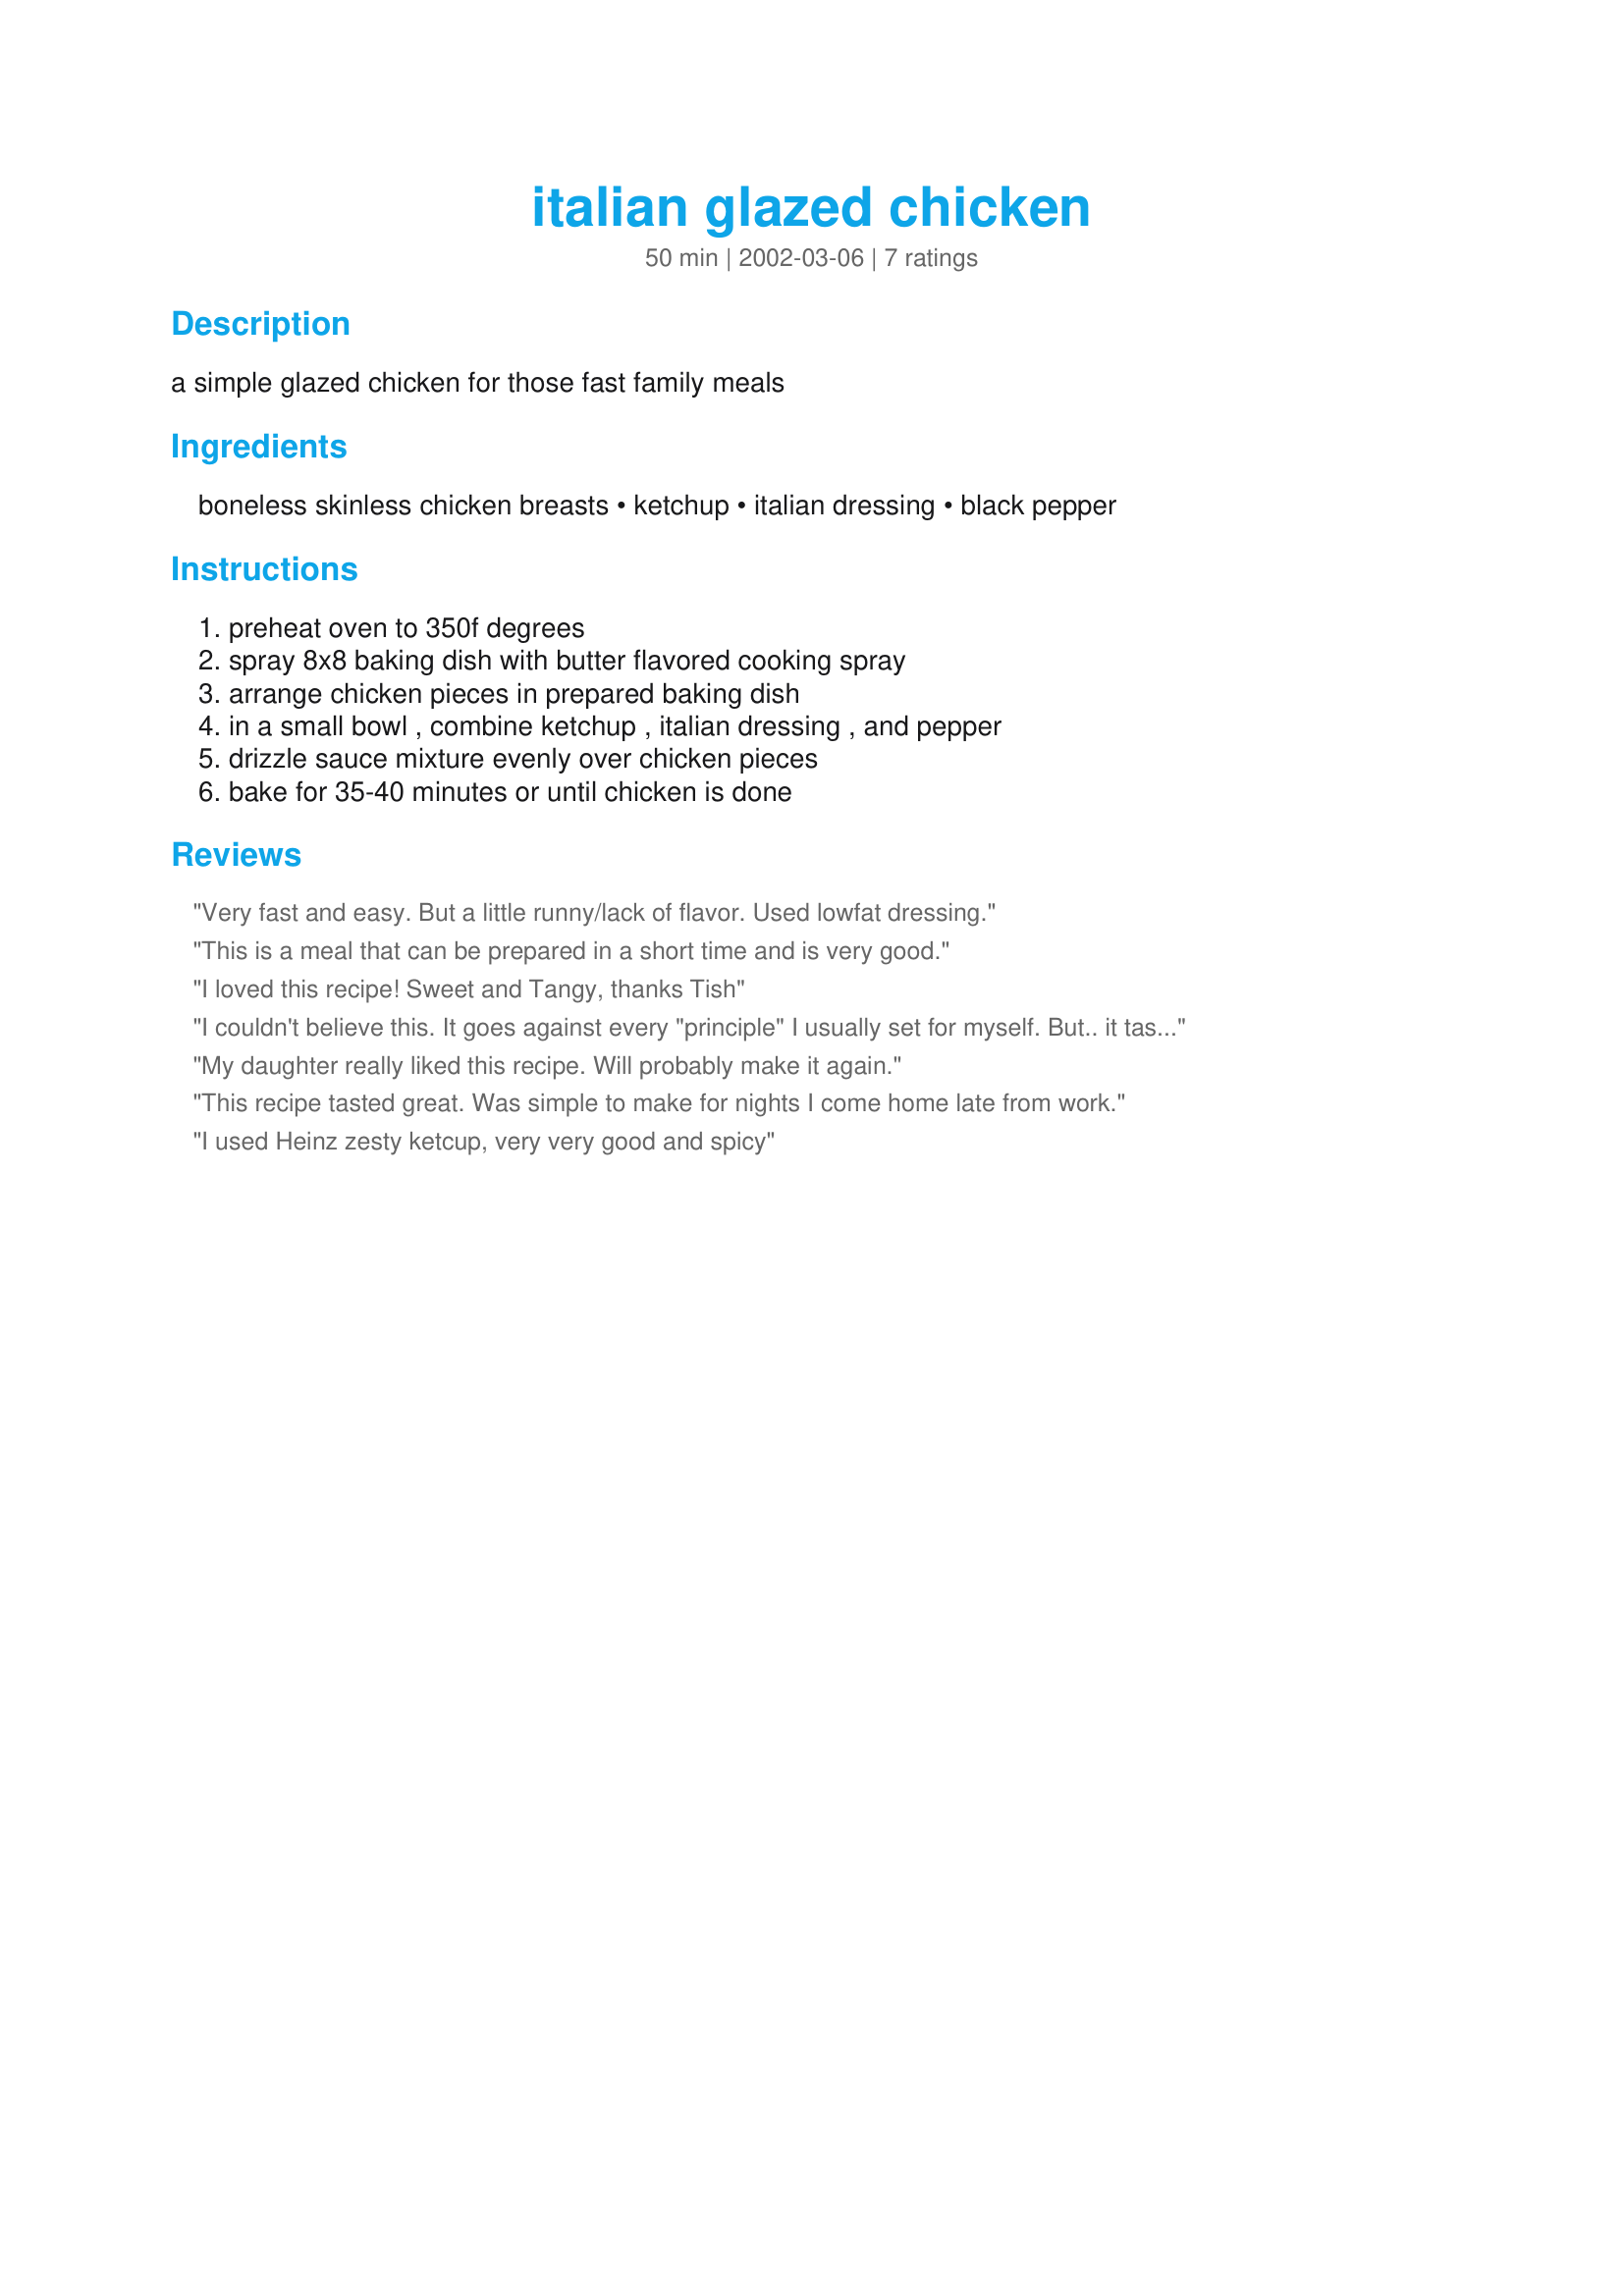
italian glazed chicken
Preparation time: 50 minutes

a simple glazed chicken for those fast family meals

Ingredients:
boneless skinless chicken breasts, ketchup, italian dressing, black pepper

Steps:
preheat oven to 350f degrees, spray 8x8 baking dish with butter flavored cooking spray, arrange chicken pieces in prepared baking dish, in a small bowl , combine ketchup , italian dressing , and pepper, drizzle sauce mixture evenly over chicken pieces, bake for 35-40 minutes or until chicken is done

Reviews:
Very fast and easy. But a little runny/lack of flavor. Used lowfat dressing.
This is a meal that can be prepared in a short time and is very good.
I loved this recipe! Sweet and Tangy, thanks Tish
I couldn't believe this. It goes against every "principle" I usually set for myself. But.. it tasted good and everyone ate it. My husband thought it was spaghetti sauce. I made this at the last minute and I would definitely do it again. It was easy. I used some Kraft Tuscan House Italian that my husband had bought. The only thing I might do differently next time is to use homemade dressing (or not - I can't keep my husband away from the store!).
My daughter really liked this recipe. Will probably make it again.
This recipe tasted great. Was simple to make for nights I come home late from work.
I used Heinz zesty ketcup, very very good and spicy
